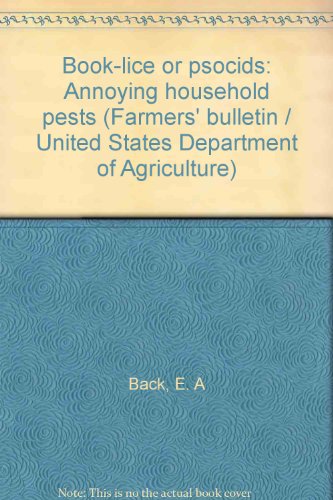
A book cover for Book-lice or psocids: Annoying household pests (Farmers' bulletin / United States Department of Agriculture); E. A Back; Health, Fitness & Dieting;